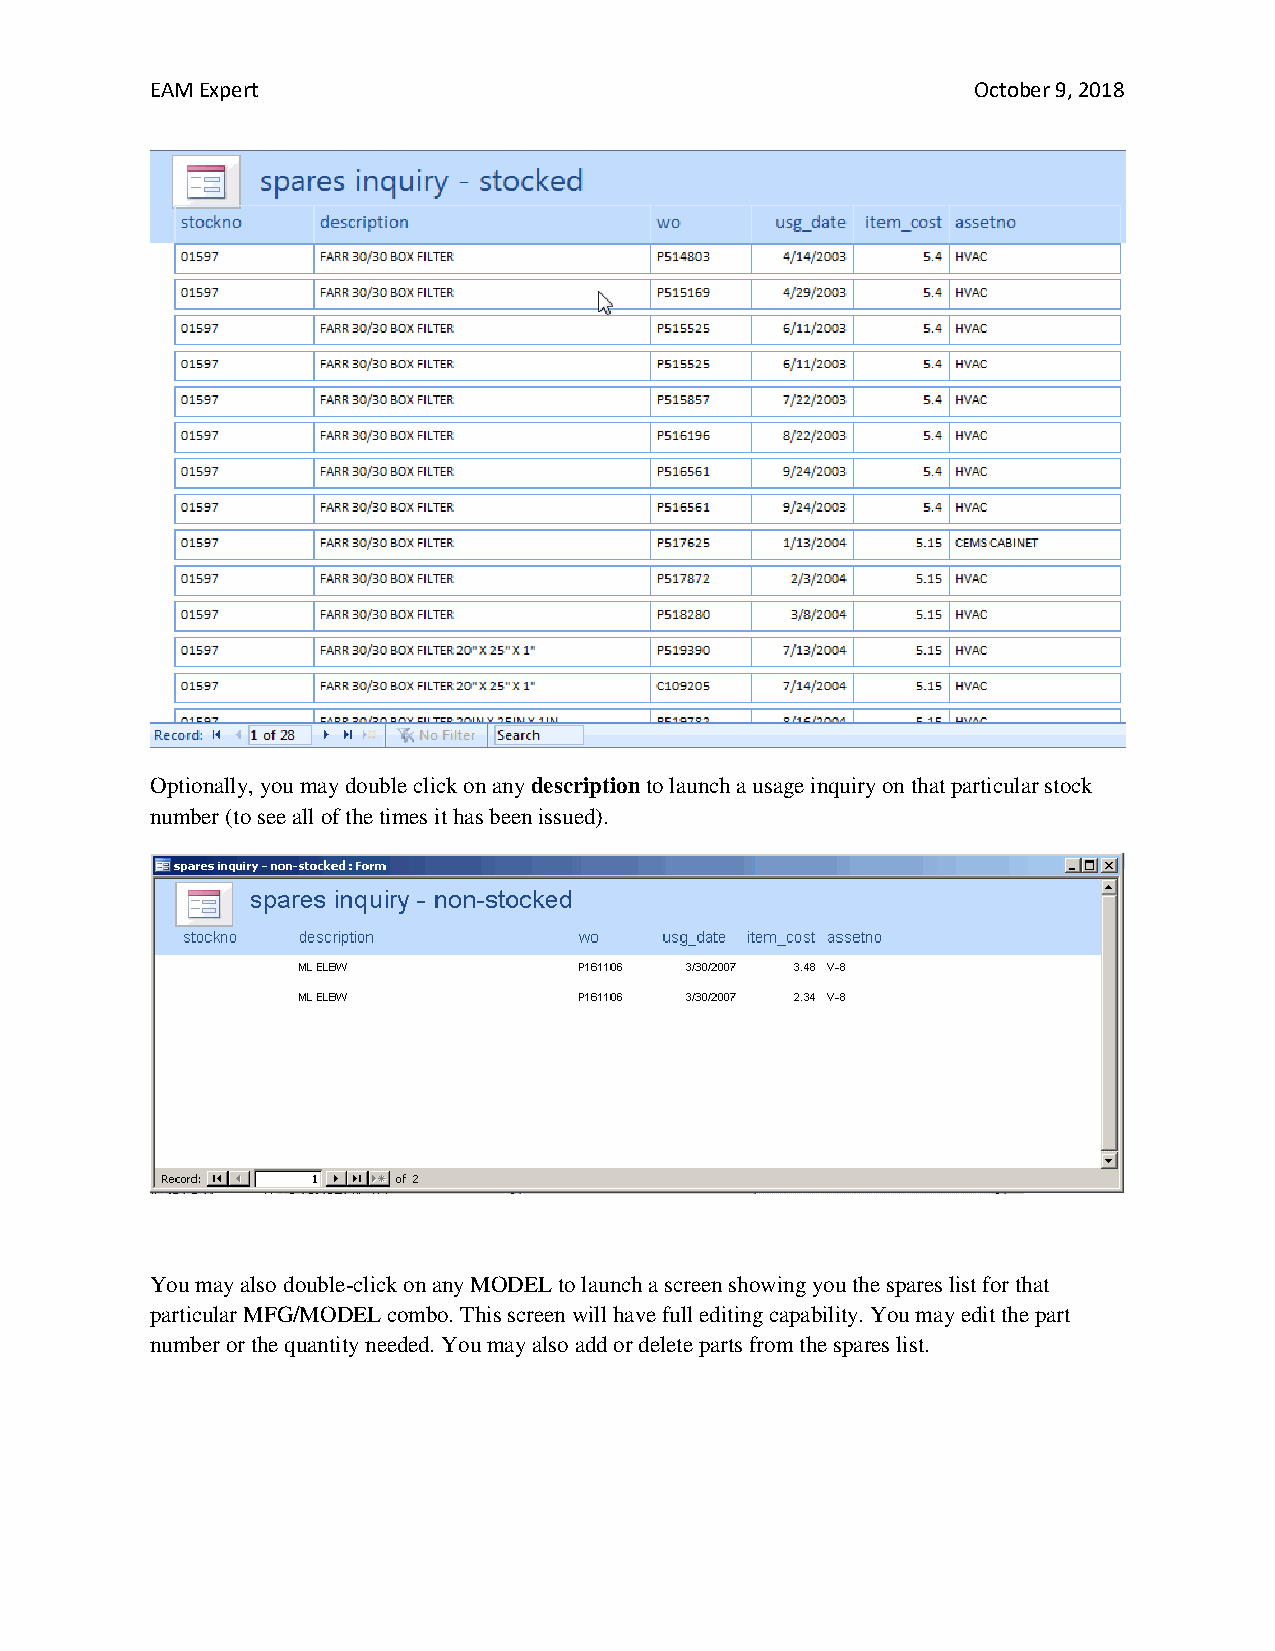
EAM Expert                                             October 9, 2018
 Optionally, you may double click on any description to launch a usage inquiry on that particular stock
 number (to see all of the times it has been issued).
 You may also double-click on any MODEL to launch a screen showing you the spares list for that
 particular MFG/MODEL combo. This screen will have full editing capability. You may edit the part
 number or the quantity needed. You may also add or delete parts from the spares list.